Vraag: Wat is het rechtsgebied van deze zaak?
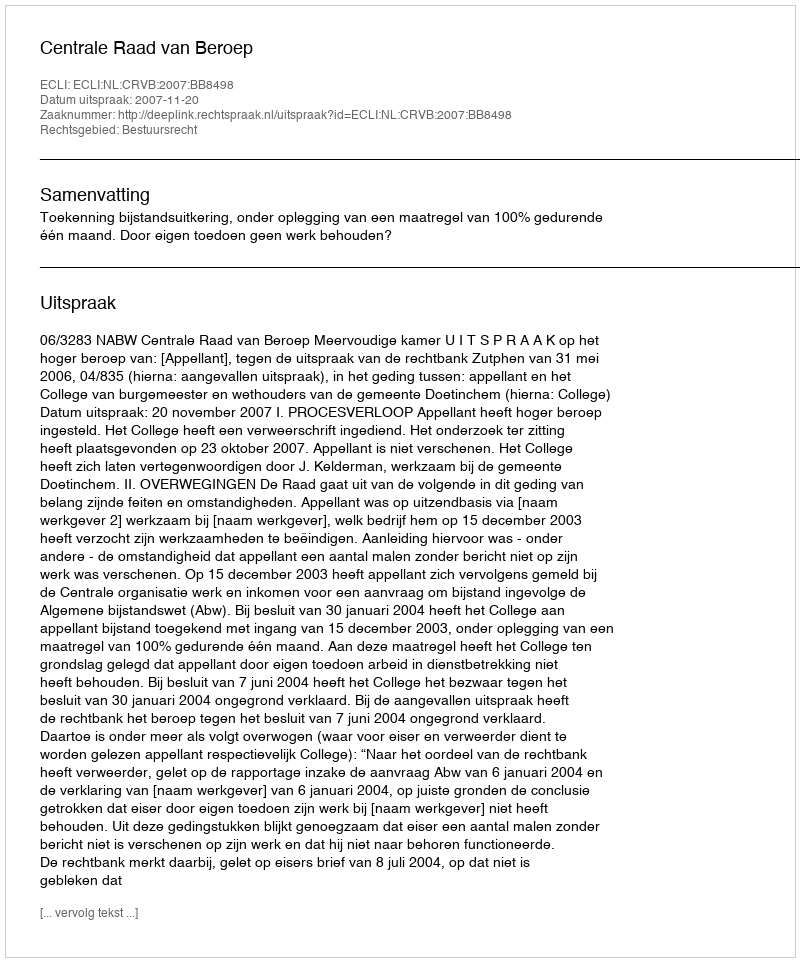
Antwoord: Bestuursrecht